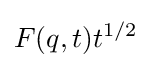
F(q,t)t^{1/2}